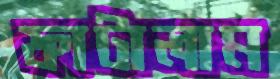
ফাটালাম